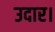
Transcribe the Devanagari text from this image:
उदार।